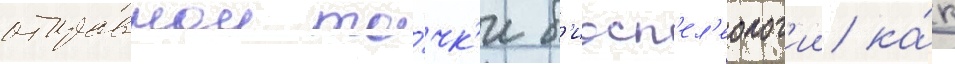
отправнои то́чк'и б'иосп'ел'еолог'ии ка́к